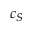
c _ { S }